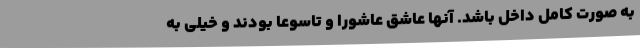
به صورت کامل داخل باشد. آنها عاشق عاشورا و تاسوعا بودند و خیلی به